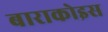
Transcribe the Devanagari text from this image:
बाराकोइस